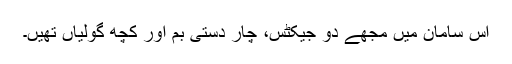
اس سامان میں مجھے دو جیکٹس، چار دستی بم اور کچھ گولیاں تھیں۔